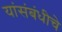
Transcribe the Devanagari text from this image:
यांसंबंधीचे